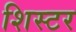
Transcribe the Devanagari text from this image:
शिस्टर